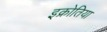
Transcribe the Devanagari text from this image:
इक्रोतिया